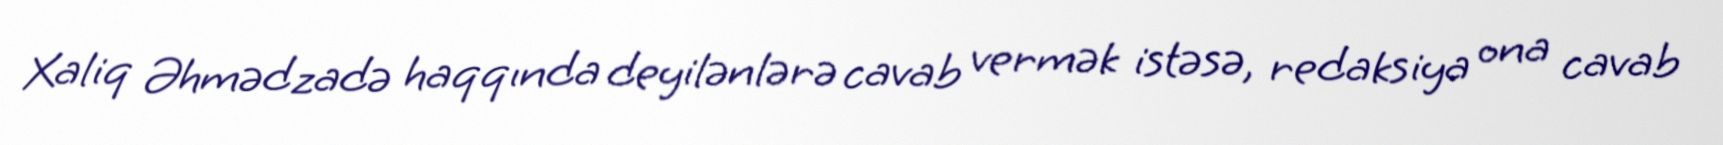
Xaliq Əhmədzadə haqqında deyilənlərə cavab vermək istəsə, redaksiya ona cavab